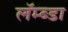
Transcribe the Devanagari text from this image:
लॅम्ब्डा